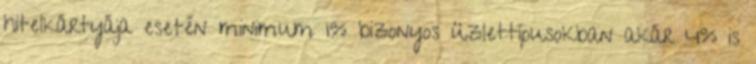
hitelkártyája esetén minimum 1% bizonyos üzlettípusokban akár 4% is